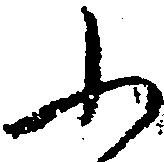
ふ